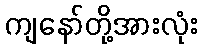
ကျနော်တို့အားလုံး